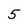
Character: 5